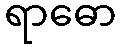
ရာဓော